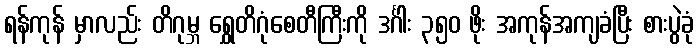
ရန်ကုန် မှာလည်း တိဂုမ္ဘ ရွှေတိဂုံစေတီကြီးကို ဒင်္ဂါး ၃၅၀ ဖိုး အကုန်အကျခံပြီး စားပွဲခုံ